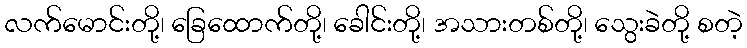
လက်မောင်းတို့၊ ခြေထောက်တို့၊ ခေါင်းတို့၊ အသားတစ်တို့၊ သွေးခဲတို့ စတဲ့